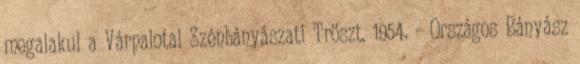
megalakul a Várpalotai Szénbányászati Tröszt. 1954. – Országos Bányász